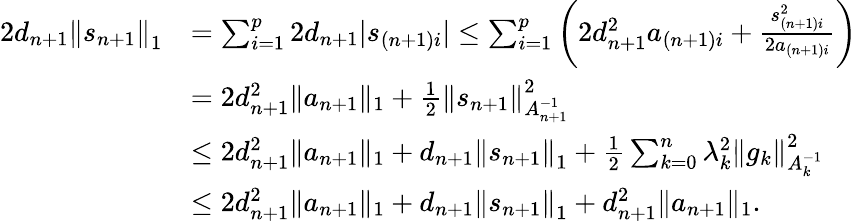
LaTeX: \begin{array}{rl}{2d_{n+1}\left\Vert s_{n+1}\right\Vert_{1}}&{=\sum_{i=1}^{p}2d_{n+1}|s_{(n+1)i}|\le\sum_{i=1}^{p}\left(2d_{n+1}^{2}a_{(n+1)i}+\frac{s_{(n+1)i}^{2}}{2a_{(n+1)i}}\right)}\\ &{=2d_{n+1}^{2}\| a_{n+1}\| _{1}+\frac{1}{2}\left\Vert s_{n+1}\right\Vert_{A_{n+1}^{-1}}^{2}}\\ &{\le 2d_{n+1}^{2}\| a_{n+1}\| _{1}+d_{n+1}\left\Vert s_{n+1}\right\Vert_{1}+\frac{1}{2}\sum_{k=0}^{n}\lambda_{k}^{2}\left\Vert g_{k}\right\Vert_{A_{k}^{-1}}^{2}}\\ &{\le 2d_{n+1}^{2}\| a_{n+1}\| _{1}+d_{n+1}\left\Vert s_{n+1}\right\Vert_{1}+d_{n+1}^{2}\| a_{n+1}\| _{1}.}\end{array}